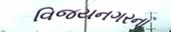
વિજયનગરના